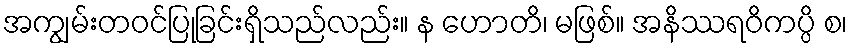
အကျွမ်းတဝင်ပြုခြင်းရှိသည်လည်း။ န ဟောတိ၊ မဖြစ်။ အနိဿရဝိကပ္ပိ စ၊